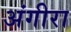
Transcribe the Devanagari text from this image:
अंगीरा